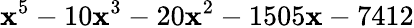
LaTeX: \mathbf{x}^{5}-10\mathbf{x}^{3}-20\mathbf{x}^{2}-1505\mathbf{x}-7412